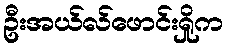
ဦးအယ်လ်ဖောင်းရှိုက